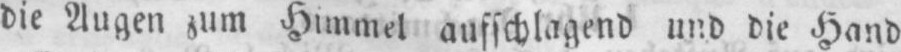
die Augen zum Himmel aufschlagend und die Hand